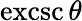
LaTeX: \operatorname{excsc}\theta